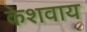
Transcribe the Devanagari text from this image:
केशवाय